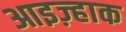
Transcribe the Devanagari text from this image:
आइज़्हाक